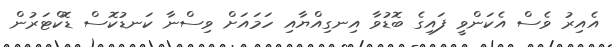
އެއިރު ވެސް އެކަންވީ ފައިގެ ބޮޑުވާ އިނގިއްޔާއި ހަމައަށް ވިސްނާ ކަނޑުކޮސް ޑޮކްޓަރުން